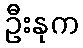
ဦးနုက